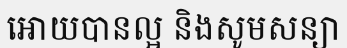
អោយបានល្អ និងសូមសន្យា